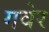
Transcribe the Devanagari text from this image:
गवेर